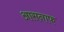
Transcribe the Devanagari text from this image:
आसनाफ